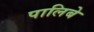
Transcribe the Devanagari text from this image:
पालिबे